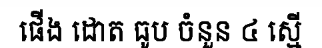
ផើង ដោត ធូប ចំនួន ៤ ស្មើ